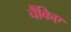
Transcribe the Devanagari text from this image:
चैंकिए